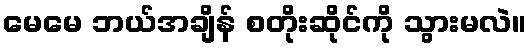
မေမေ ဘယ်အချိန် စတိုးဆိုင်ကို သွားမလဲ။